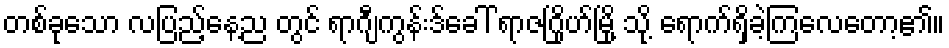
တစ်ခုသော လပြည့်နေ့ည တွင် ရာဂျီကွန်းဒ်ခေါ် ရာဇဂြိုဟ်မြို့ သို့ ရောက်ရှိခဲ့ကြလေတော့၏။